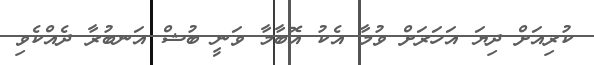
ކުރިއަށް ދިޔަ އަހަރަށް ވުމާ އެކު އޮބާމާ ވަނީ ބުޝް އަނބުރާ ދެއްކެވި